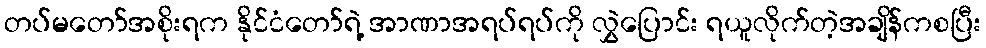
တပ်မတော်အစိုးရက နိုင်ငံတော်ရဲ့ အာဏာအရပ်ရပ်ကို လွှဲပြောင်း ရယူလိုက်တဲ့အချိန်ကစပြီး